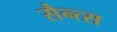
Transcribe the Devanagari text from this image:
सैन्त्स